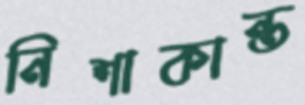
নিশাকান্ত